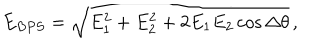
LaTeX: E _ { B P S } = \sqrt { E _ { 1 } ^ { 2 } + E _ { 2 } ^ { 2 } + 2 E _ { 1 } E _ { 2 } \cos \Delta \theta } \, ,